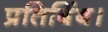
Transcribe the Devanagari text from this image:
प्रतिबिंब।